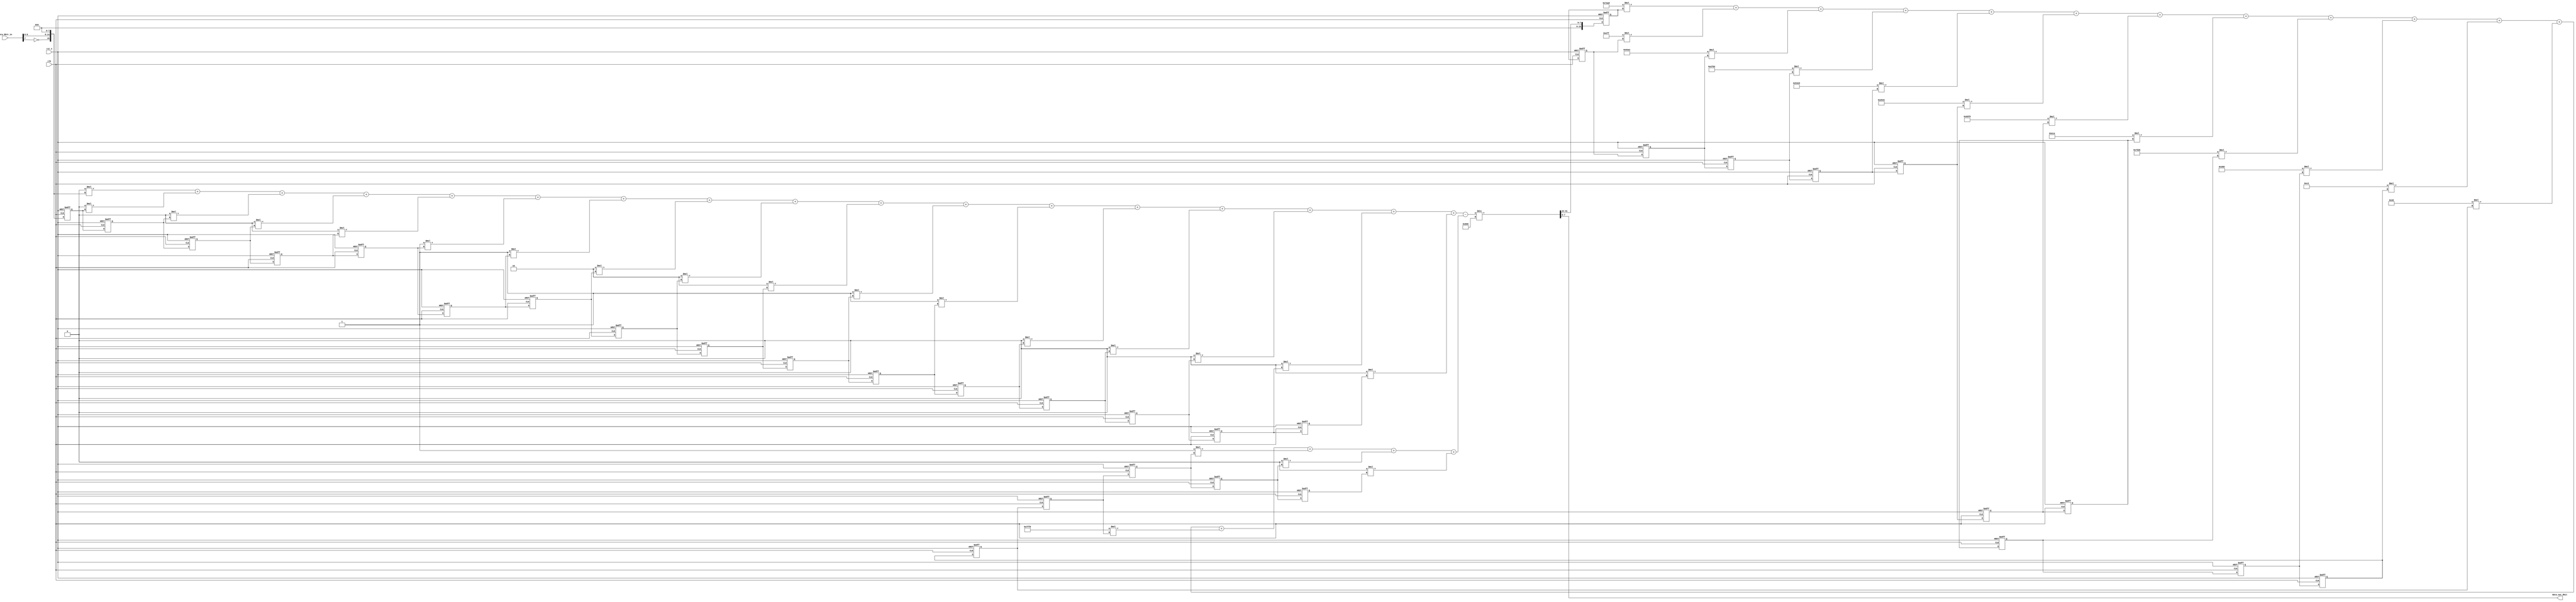
`timescale 1ns / 1ps    

module IIR(data_8bit_in,clk,rst_n,data_out_8bit);
parameter ORDER = 16;
parameter word_size_in = 16;
parameter word_size_out = 32;
/**IIR**/
parameter b0 = 15'd0, b1 = 15'd0, b2 = 15'd0, b3 = 15'd0, b4 = 15'd0, b5 = 15'd1, b6 = 15'd1, b7 = 15'd2, b8 = 15'd2, b9 = 15'd2, b10 = 15'd1, b11 = 15'd1, b12 = 15'd0, b13 = 15'd0, b14 = 15'd0, b15 = 15'd0, b16 = 15'd0;
parameter a0 = 15'd2048, a1 = -15'd1363, a2 = 15'd3839, a3 = -15'd7263, a4 = 15'd10162, a5 = -15'd11031, a6 = 15'd9537, a7 = -15'd6664, a8 = 15'd3786, a9 = -15'd1749, a10 = 15'd653, a11 = 15'd194, a12 = 15'd45, a13 = -15'd8, a14 = 15'd1, a15 = 15'd0, a16 = 15'd0;

input clk,rst_n;
input  [7:0] data_8bit_in;
output [7:0] data_out_8bit;

wire [word_size_in-1:0]     data_16bit;
wire [word_size_out:0]      data_out_32bit;
wire [word_size_out-1:0]    data_feedforward;
wire [word_size_out-1:0]    data_feedback;
reg  [word_size_in-1:0]     sample_in[1:ORDER];
reg  [word_size_in-1:0]     sample_out[1:ORDER];

integer k;

assign data_16bit = {~data_8bit_in[7],data_8bit_in[6:0],8'd0};
assign data_out_8bit = data_out_32bit[7:0];

/**************SIXTEEN ORDER**************/
assign data_feedforward = b0 * data_16bit +
                          b1 * sample_in[1] + b2 * sample_in[2] +
                          b3 * sample_in[3] + b4 * sample_in[4] +
                          b5 * sample_in[5] + b6 * sample_in[6] +
                          b7 * sample_in[7] + b8 * sample_in[8] +
                          b9 * sample_in[9] + b10 * sample_in[10] +
                          b11 * sample_in[11] + b12 * sample_in[12] +
                          b13 * sample_in[13] + b14 * sample_in[14] +
                          b15 * sample_in[15] + b16 * sample_in[16];

assign data_feedback = a1 * sample_out[1] + a2 * sample_out[2] +
                       a3 * sample_out[3] + a4 * sample_out[4] +
                       a5 * sample_out[5] + a6 * sample_out[6] +
                       a7 * sample_out[7] + a8 * sample_out[8] +
                       a9 * sample_out[9] + a10 * sample_out[10] +
                       a11 * sample_out[11] + a12 * sample_out[12] +
                       a13 * sample_out[13] + a14 * sample_out[14] +
                       a15 * sample_out[15] + a16 * sample_out[16];

/**IIR**/
assign data_out_32bit = (data_feedforward - data_feedback) / a0;

/**IIR**/
always @(posedge clk or negedge rst_n) begin
    if(!rst_n)
    for(k = 1;k<=ORDER;k = k+1)begin
        sample_in[k] <= 0;
        sample_out[k]<= 0;
    end
    else begin
        sample_in[1] <= data_16bit;
        sample_out[1] <= data_out_32bit[word_size_out-1:word_size_out-8];
    for(k=2;k<=ORDER;k=k+1)begin
        sample_in[k] <= sample_in[k-1];
        sample_out[k]<= sample_out[k-1];
    end
    end
end


endmodule